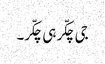
جی چکّر ہی چکّر۔